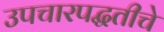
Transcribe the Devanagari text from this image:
उपचारपद्धतीचे